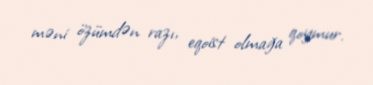
məni özümdən razı, eqoist olmağa qoymur.